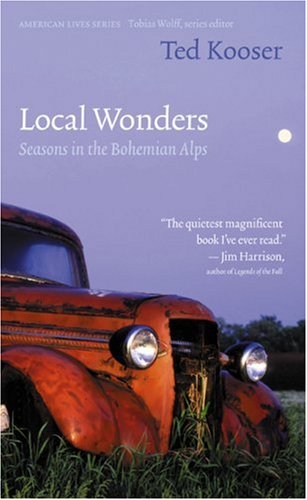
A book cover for Local Wonders: Seasons in the Bohemian Alps (American Lives); Ted Kooser; Biographies & Memoirs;